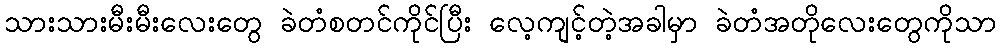
သားသားမီးမီးလေးတွေ ခဲတံစတင်ကိုင်ပြီး လေ့ကျင့်တဲ့အခါမှာ ခဲတံအတိုလေးတွေကိုသာ